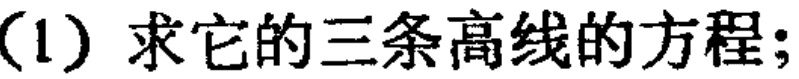
(1) 求它的三条高线的方程;